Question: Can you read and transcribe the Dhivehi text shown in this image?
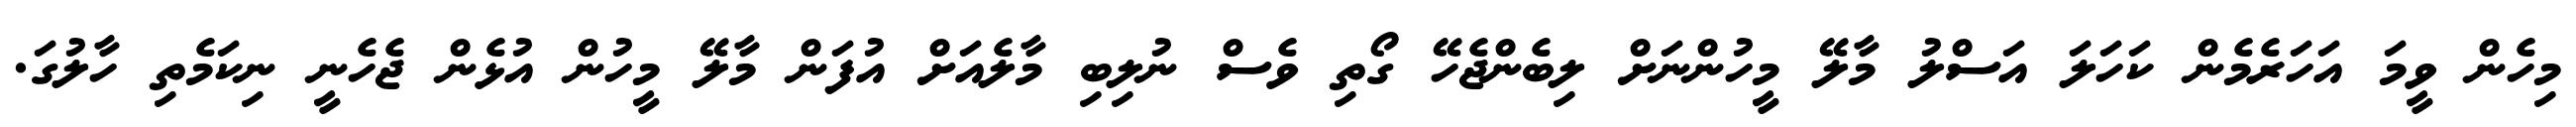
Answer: މިހެން ވީމަ އަހަރެމެން ކަހަލަ އަސްލު މާލޭ މީހުންނަށް ލިބެންޖެހޭ ގޯތި ވެސް ނުލިބި މާލެއަށް އުފަން މާލޭ މީހުން އުޅެން ޖެހެނީ ނިކަމެތި ހާލުގަ.